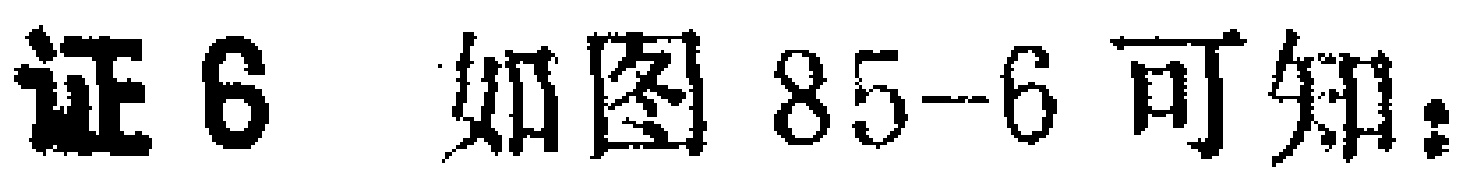
证6 如图85-6可知：